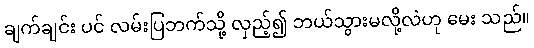
ချက်ချင်း ပင် လမ်းပြဘက်သို့ လှည့်၍ ဘယ်သွားမလို့လဲဟု မေး သည်။